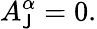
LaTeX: A_{\mathsf{J}}^{\alpha}=0.